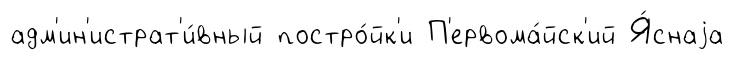
адм'ин'истрат'и́вный постро́йк'и П'ервома́йск'ий Я́снаjа